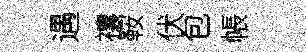
遇禳鞍伏包帳